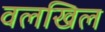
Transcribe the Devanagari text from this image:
वलखिल